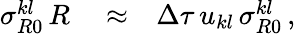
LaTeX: \begin{array}{rlr}{\sigma_{R0}^{kl}\, R}&{{}\approx}&{\Delta\tau\, u_{kl}\, \sigma_{R0}^{kl}\, ,}\end{array}